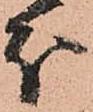
分